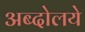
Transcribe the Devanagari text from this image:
अब्दोलये